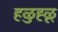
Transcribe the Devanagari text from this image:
हळुह्ळू